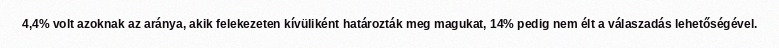
4,4% volt azoknak az aránya, akik felekezeten kívüliként határozták meg magukat, 14% pedig nem élt a válaszadás lehetőségével.